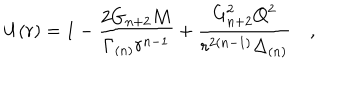
U ( r ) = 1 - \frac { 2 G _ { n + 2 } M } { \Gamma _ { ( n ) } r ^ { n - 1 } } + \frac { G _ { n + 2 } ^ { 2 } Q ^ { 2 } } { r ^ { 2 ( n - 1 ) } \Delta _ { ( n ) } } \quad ,